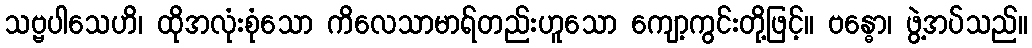
သဗ္ဗပါသေဟိ၊ ထိုအလုံးစုံသော ကိလေသာမာရ်တည်းဟူသော ကျော့ကွင်းတို့ဖြင့်။ ဗန္ဓော၊ ဖွဲ့အပ်သည်။